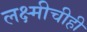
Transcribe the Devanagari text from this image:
लक्ष्मीचीही